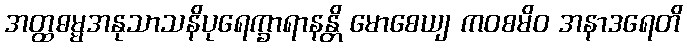
အတ္ထဓမ္မအနုသာသနိပုရေက္ခာရာနန္တိ မောစေယျ ကဝစမိဝ အနာဒရေတိ